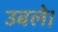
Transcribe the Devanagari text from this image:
उबले।